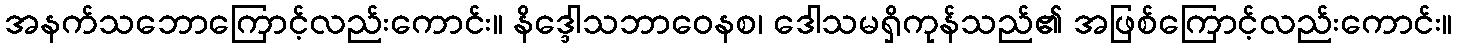
အနက်သဘောကြောင့်လည်းကောင်း။ နိဒ္ဒေါသဘာဝေနစ၊ ဒေါသမရှိကုန်သည်၏ အဖြစ်ကြောင့်လည်းကောင်း။